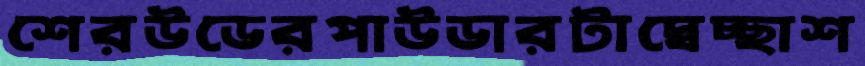
শেরউডেরপাউডারটাস্বেচ্ছাশ